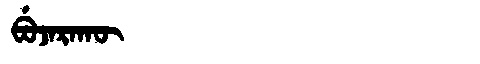
Manchu: ᠪᡠᠵᠠᡵᠠᡴᡡ
Romanization: BUJARAKŪ